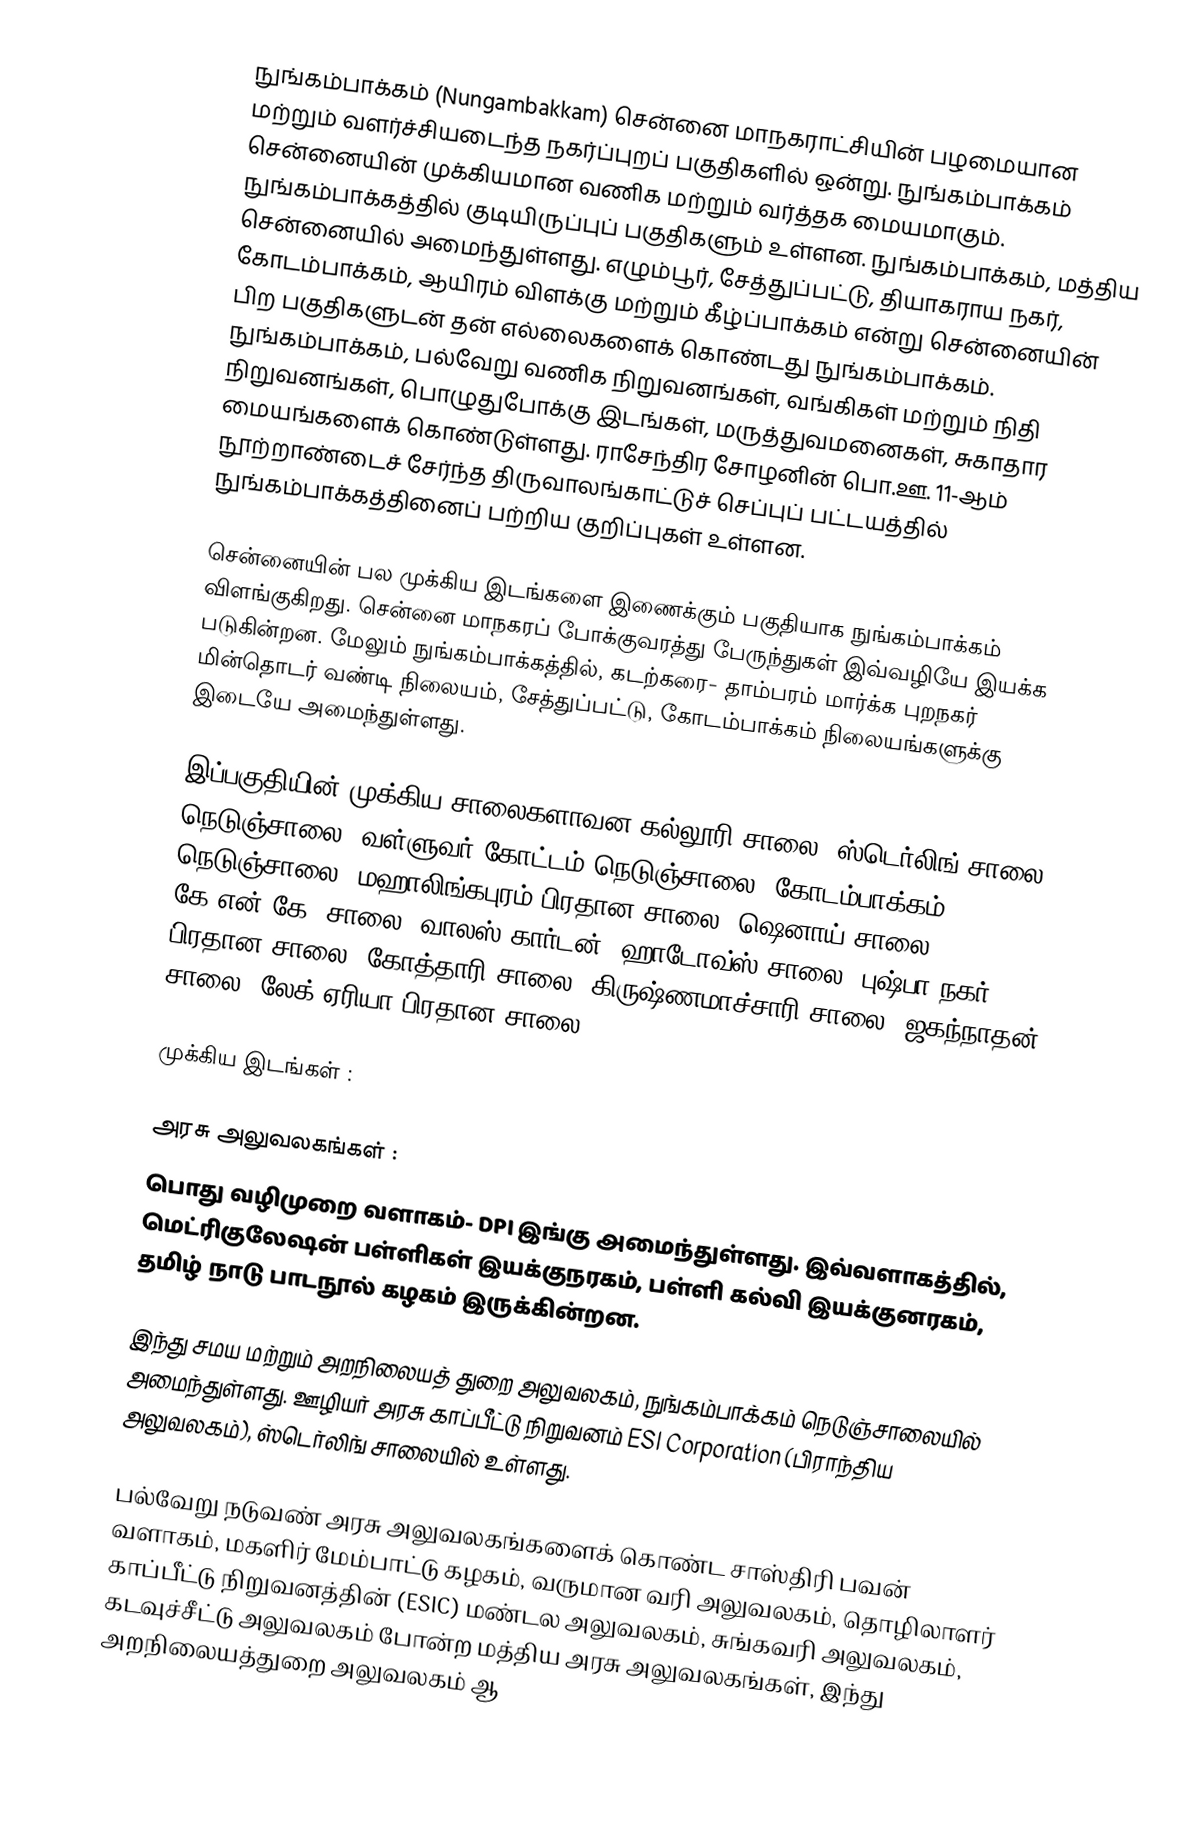
நுங்கம்பாக்கம் (Nungambakkam) சென்னை மாநகராட்சியின் பழமையான மற்றும் வளர்ச்சியடைந்த நகர்ப்புறப் பகுதிகளில் ஒன்று. நுங்கம்பாக்கம் சென்னையின் முக்கியமான வணிக மற்றும் வர்த்தக மையமாகும். நுங்கம்பாக்கத்தில் குடியிருப்புப் பகுதிகளும் உள்ளன. நுங்கம்பாக்கம், மத்திய சென்னையில் அமைந்துள்ளது. எழும்பூர், சேத்துப்பட்டு, தியாகராய நகர், கோடம்பாக்கம், ஆயிரம் விளக்கு மற்றும் கீழ்ப்பாக்கம் என்று சென்னையின் பிற பகுதிகளுடன் தன் எல்லைகளைக் கொண்டது நுங்கம்பாக்கம். நுங்கம்பாக்கம், பல்வேறு வணிக நிறுவனங்கள், வங்கிகள் மற்றும் நிதி நிறுவனங்கள், பொழுதுபோக்கு இடங்கள், மருத்துவமனைகள், சுகாதார மையங்களைக் கொண்டுள்ளது. ராசேந்திர சோழனின் பொ.ஊ. 11-ஆம் நூற்றாண்டைச் சேர்ந்த திருவாலங்காட்டுச் செப்புப் பட்டயத்தில் நுங்கம்பாக்கத்தினைப் பற்றிய குறிப்புகள் உள்ளன.  

சென்னையின் பல முக்கிய இடங்களை இணைக்கும் பகுதியாக நுங்கம்பாக்கம் விளங்குகிறது. சென்னை மாநகரப் போக்குவரத்து பேருந்துகள் இவ்வழியே இயக்க படுகின்றன. மேலும் நுங்கம்பாக்கத்தில், கடற்கரை- தாம்பரம் மார்க்க புறநகர் மின்தொடர் வண்டி நிலையம், சேத்துப்பட்டு, கோடம்பாக்கம் நிலையங்களுக்கு இடையே அமைந்துள்ளது.

இப்பகுதியின் முக்கிய சாலைகளாவன கல்லூரி சாலை, ஸ்டெர்லிங் சாலை, நெடுஞ்சாலை, வள்ளுவர் கோட்டம் நெடுஞ்சாலை, கோடம்பாக்கம் நெடுஞ்சாலை, மஹாலிங்கபுரம் பிரதான சாலை, ஷெனாய் சாலை, கே.என்.கே. சாலை, வாலஸ் கார்டன், ஹாடோவ்ஸ் சாலை, புஷ்பா நகர் பிரதான சாலை, கோத்தாரி சாலை, கிருஷ்ணமாச்சாரி சாலை, ஜகந்நாதன் சாலை, லேக் ஏரியா பிரதான சாலை.

முக்கிய இடங்கள் :

அரசு அலுவலகங்கள் :
பொது வழிமுறை வளாகம்- DPI இங்கு அமைந்துள்ளது. இவ்வளாகத்தில், மெட்ரிகுலேஷன் பள்ளிகள் இயக்குநரகம், பள்ளி கல்வி இயக்குனரகம், தமிழ் நாடு பாடநூல் கழகம் இருக்கின்றன.

இந்து சமய மற்றும் அறநிலையத் துறை அலுவலகம், நுங்கம்பாக்கம் நெடுஞ்சாலையில் அமைந்துள்ளது. ஊழியர் அரசு காப்பீட்டு நிறுவனம் ESI Corporation (பிராந்திய அலுவலகம்), ஸ்டெர்லிங் சாலையில் உள்ளது.

பல்வேறு நடுவண் அரசு அலுவலகங்களைக் கொண்ட சாஸ்திரி பவன் வளாகம், மகளிர் மேம்பாட்டு கழகம், வருமான வரி அலுவலகம், தொழிலாளர் காப்பீட்டு நிறுவனத்தின் (ESIC) மண்டல அலுவலகம், சுங்கவரி அலுவலகம், கடவுச்சீட்டு அலுவலகம் போன்ற மத்திய அரசு அலுவலகங்கள், இந்து அறநிலையத்துறை அலுவலகம் ஆ